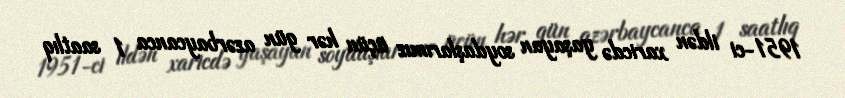
1951-ci ildən xaricdə yaşayan soydaşlarımız üçün hər gün azərbaycanca 1 saatlıq